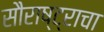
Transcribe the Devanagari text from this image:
सौराष्ट्राचा